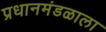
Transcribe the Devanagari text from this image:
प्रधानमंडळाला